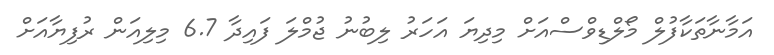
އަމާނާތަކާފުލް މޯލްޑިވްސްއަށް މިދިޔަ އަހަރު ލިބުނު ޖުމްލަ ފައިދާ 6.7 މިލިއަން ރުފިޔާއަށް